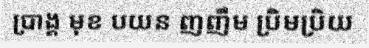
ប្រាង្គ មុខ បយន ញញឹម ប្រិមប្រិយ